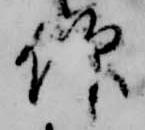
仰